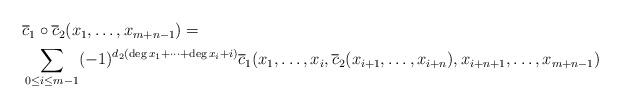
LaTeX: \begin{align*}\begin{aligned}\ &\overline{c}_1\circ \overline{c}_2(x_1,\dots,x_{m+n-1})=\\&\sum_{0\le i\le m-1}(-1)^{d_2(\deg x_1+\dots+\deg x_i+i)}\overline{c}_1(x_1,\dots,x_i,\overline{c}_2(x_{i+1},\dots,x_{i+n}),x_{i+n+1},\dots,x_{m+n-1})\end{aligned}\end{align*}